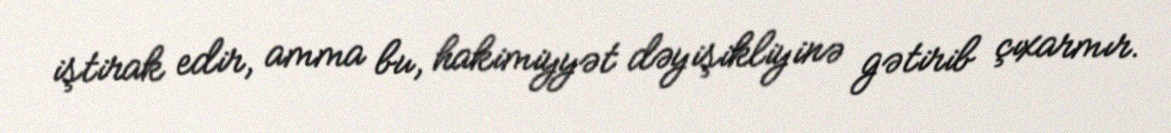
iştirak edir, amma bu, hakimiyyət dəyişikliyinə gətirib çıxarmır.